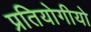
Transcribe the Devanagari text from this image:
प्रतियोगीयो